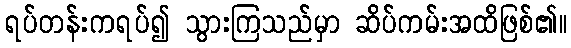
ရပ်တန်းကရပ်၍ သွားကြသည်မှာ ဆိပ်ကမ်းအထိဖြစ်၏။